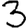
Digit: 3